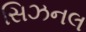
સિઝનલ